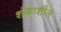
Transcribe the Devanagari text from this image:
शंकाशील